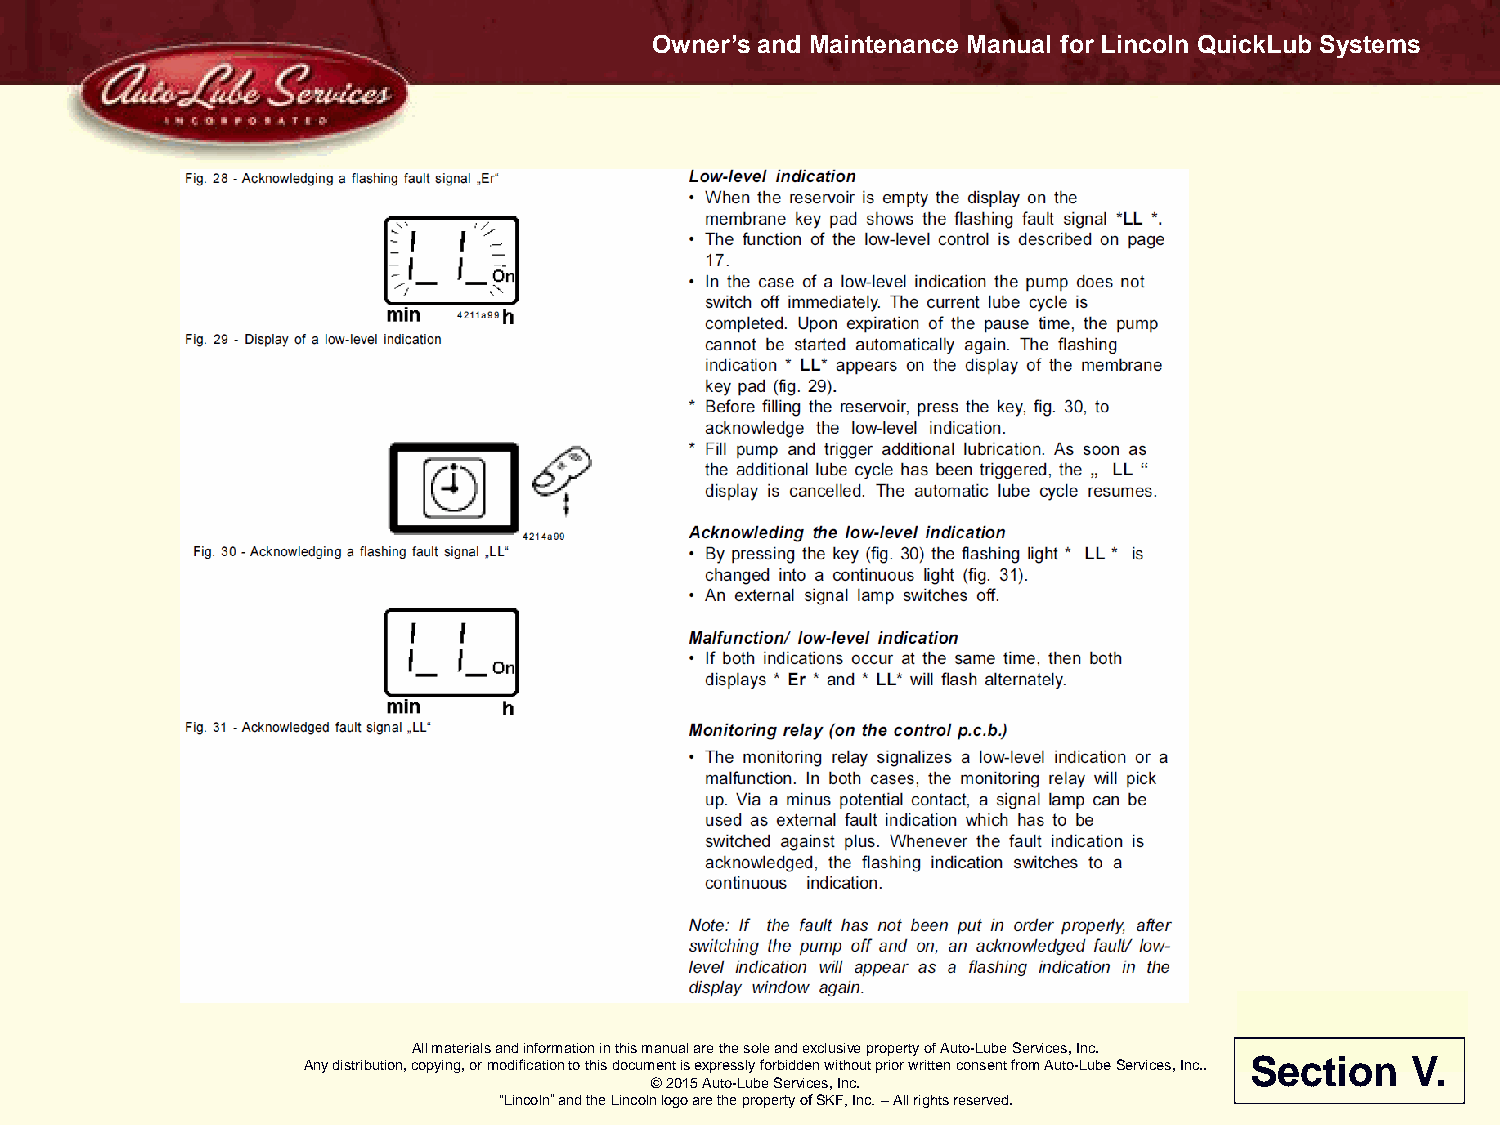
Owner’s and Maintenance Manual for Lincoln QuickLub Systems
 All materials and information in this manual are the sole and exclusive property of Auto-Lube Services, Inc.
 Any distribution, copying, or modification to this document is expressly forbidden without prior written consent from Auto-Lube Services, Inc.. Section V.
 © 2015 Auto-Lube Services, Inc.
 “Lincoln” and the Lincoln logo are the property of SKF, Inc. – All rights reserved.